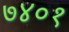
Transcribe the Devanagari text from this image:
७४०१